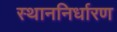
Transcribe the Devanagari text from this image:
स्थाननिर्धारण